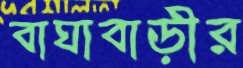
বাঘাবাড়ীর